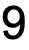
9